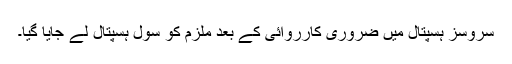
سروسز ہسپتال میں ضروری کارروائی کے بعد ملزم کو سول ہسپتال لے جایا گیا۔